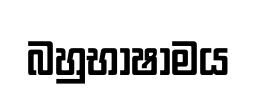
බහුභාෂාමය